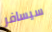
سيسافر